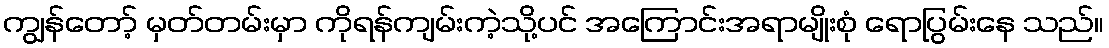
ကျွန်တော့် မှတ်တမ်းမှာ ကိုရန်ကျမ်းကဲ့သို့ပင် အကြောင်းအရာမျိုးစုံ ရောပြွမ်းနေ သည်။